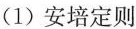
(1) 安培定则